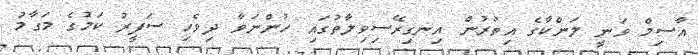
އާސިމް ވަނީ ލަންކާގެ އިތުރުން އިނގިރޭސިވިލާތުގައި ހުންނަވާ ދިވެހި ސަފީރު ކަމުގެ މަގާމު